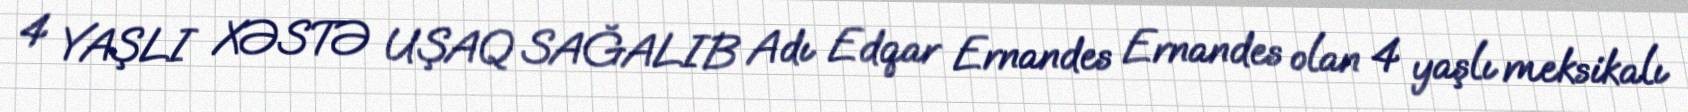
4 YAŞLI XƏSTƏ UŞAQ SAĞALIB Adı Edqar Ernandes Ernandes olan 4 yaşlı meksikalı